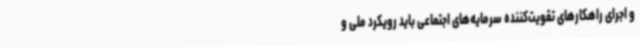
و اجرای راهکارهای تقویت‌کننده سرمایه‌های اجتماعی باید رویکرد ملی و